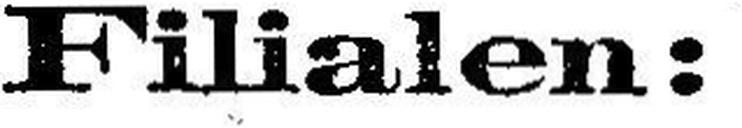
Filialen: